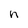
Character: n